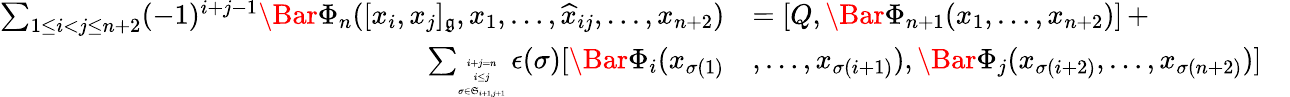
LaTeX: \begin{array}{rlr}{\sum_{1\leq i<j\leq n+2}(-1)^{i+j-1}\Bar{\Phi}_{n}([x_{i},x_{j}]_{\mathfrak{g}},x_{1},\ldots,\widehat{x}_{ij},\ldots,x_{n+2})}&{=[Q,\Bar{\Phi}_{n+1}(x_{1},\ldots,x_{n+2})]\, +}&\\ {\sum_{\tiny{\begin{array}{c}{i+j=n}\\ {i\leq j}\\ {\sigma\in\mathfrak{S}_{i+1,j+1}}\end{array}}}\epsilon(\sigma)[\Bar{\Phi}_{i}(x_{\sigma(1)}}&{,\ldots,x_{\sigma(i+1)}),\Bar{\Phi}_{j}(x_{\sigma(i+2)},\ldots,x_{\sigma(n+2)})]}\end{array}